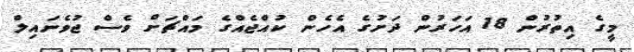
މީގެ އިތުރުން 18 އަހަރުން ދަށުގެ އެހެން ކުއްޖެއްގެ މައްޗަށް ވެސް ޖުވެނައިލް